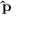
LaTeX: \mathbf { \hat { p } }